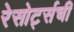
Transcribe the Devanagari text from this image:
रेसोर्ट्सची